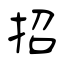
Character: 招